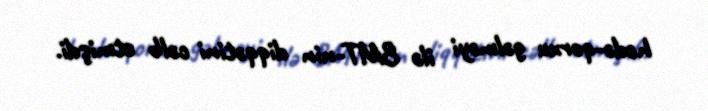
hədə-qorxu gəlməyi ilə BMT-nin diqqətini cəlb etmişdi.